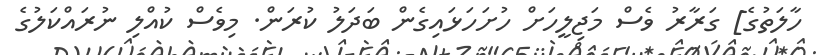
ހާލަތުގެ] ގަރާރު ވެސް މަޖިލީހަށް ހުށަހަޅައިގެން ބަދަލު ކުރަން. މިވެސް ކުއްލި ނުރައްކަލުގެ